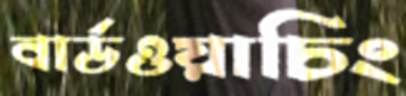
বার্ডওয়াচিং